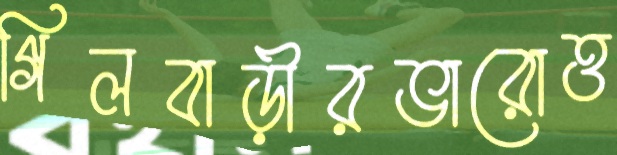
গিলবাড়ীরভারোত্ত